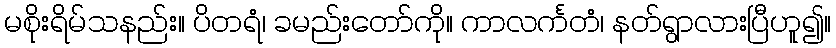
မစိုးရိမ်သနည်း။ ပိတရံ၊ ခမည်းတော်ကို။ ကာလင်္ကတံ၊ နတ်ရွာလားပြီဟူ၍။